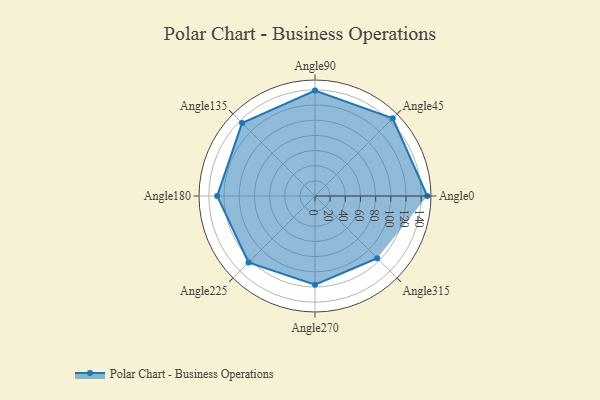
{"axis": {"x": "Angle", "y": "Radius"}, "legend": [""], "data": [{"x": "Angle0", "y": 148.0, "type": ""}, {"x": "Angle45", "y": 145.0, "type": ""}, {"x": "Angle90", "y": 139.0, "type": ""}, {"x": "Angle135", "y": 136.0, "type": ""}, {"x": "Angle180", "y": 129.0, "type": ""}, {"x": "Angle225", "y": 124.0, "type": ""}, {"x": "Angle270", "y": 117.0, "type": ""}, {"x": "Angle315", "y": 116.0, "type": ""}]}